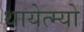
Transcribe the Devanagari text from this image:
थायेत्म्यो